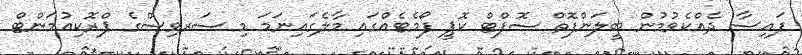
ފައިސާ ދެއްކެވުމުން ބީލަންފޮތް ސޮފްޓް ކޮޕީ ފޯމެޓެއްގައި މާލެގައިނަމަ މި ސަރވިސްގެ ޕްރޮކިއުމަންޓް